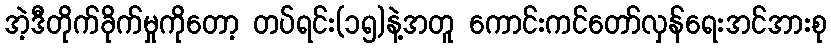
အဲ့ဒီတိုက်ခိုက်မှုကိုတော့ တပ်ရင်း(၁၅)နဲ့အတူ ကောင်းကင်တော်လှန်ရေးအင်အားစု